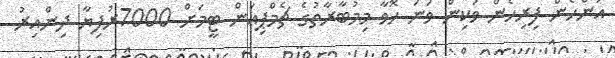
އަންހެން ފިރިހެން ވަކިން ވަނަ ހޮވާ މިމުބާރާތުގެ ޗެމްޕިއަން ޓީމަށް 7000ރުފިޔާ ދިންއިރު